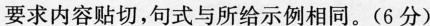
要求内容贴切，句式与所给示例相同。(6分)